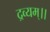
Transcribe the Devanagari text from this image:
द्रव्यम्।।